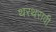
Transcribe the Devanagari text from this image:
थरथरावी